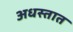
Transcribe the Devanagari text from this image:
अधस्तात